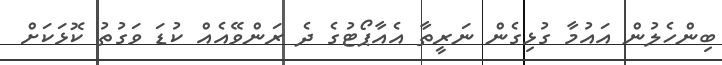
ބިންހެލުން އައުމާ ގުޅިގެން ނަރީތާ އެއާޕޯޓުގެ ދެ ރަންވޭއެއް ކުޑަ ވަގުތު ކޮޅަކަށް